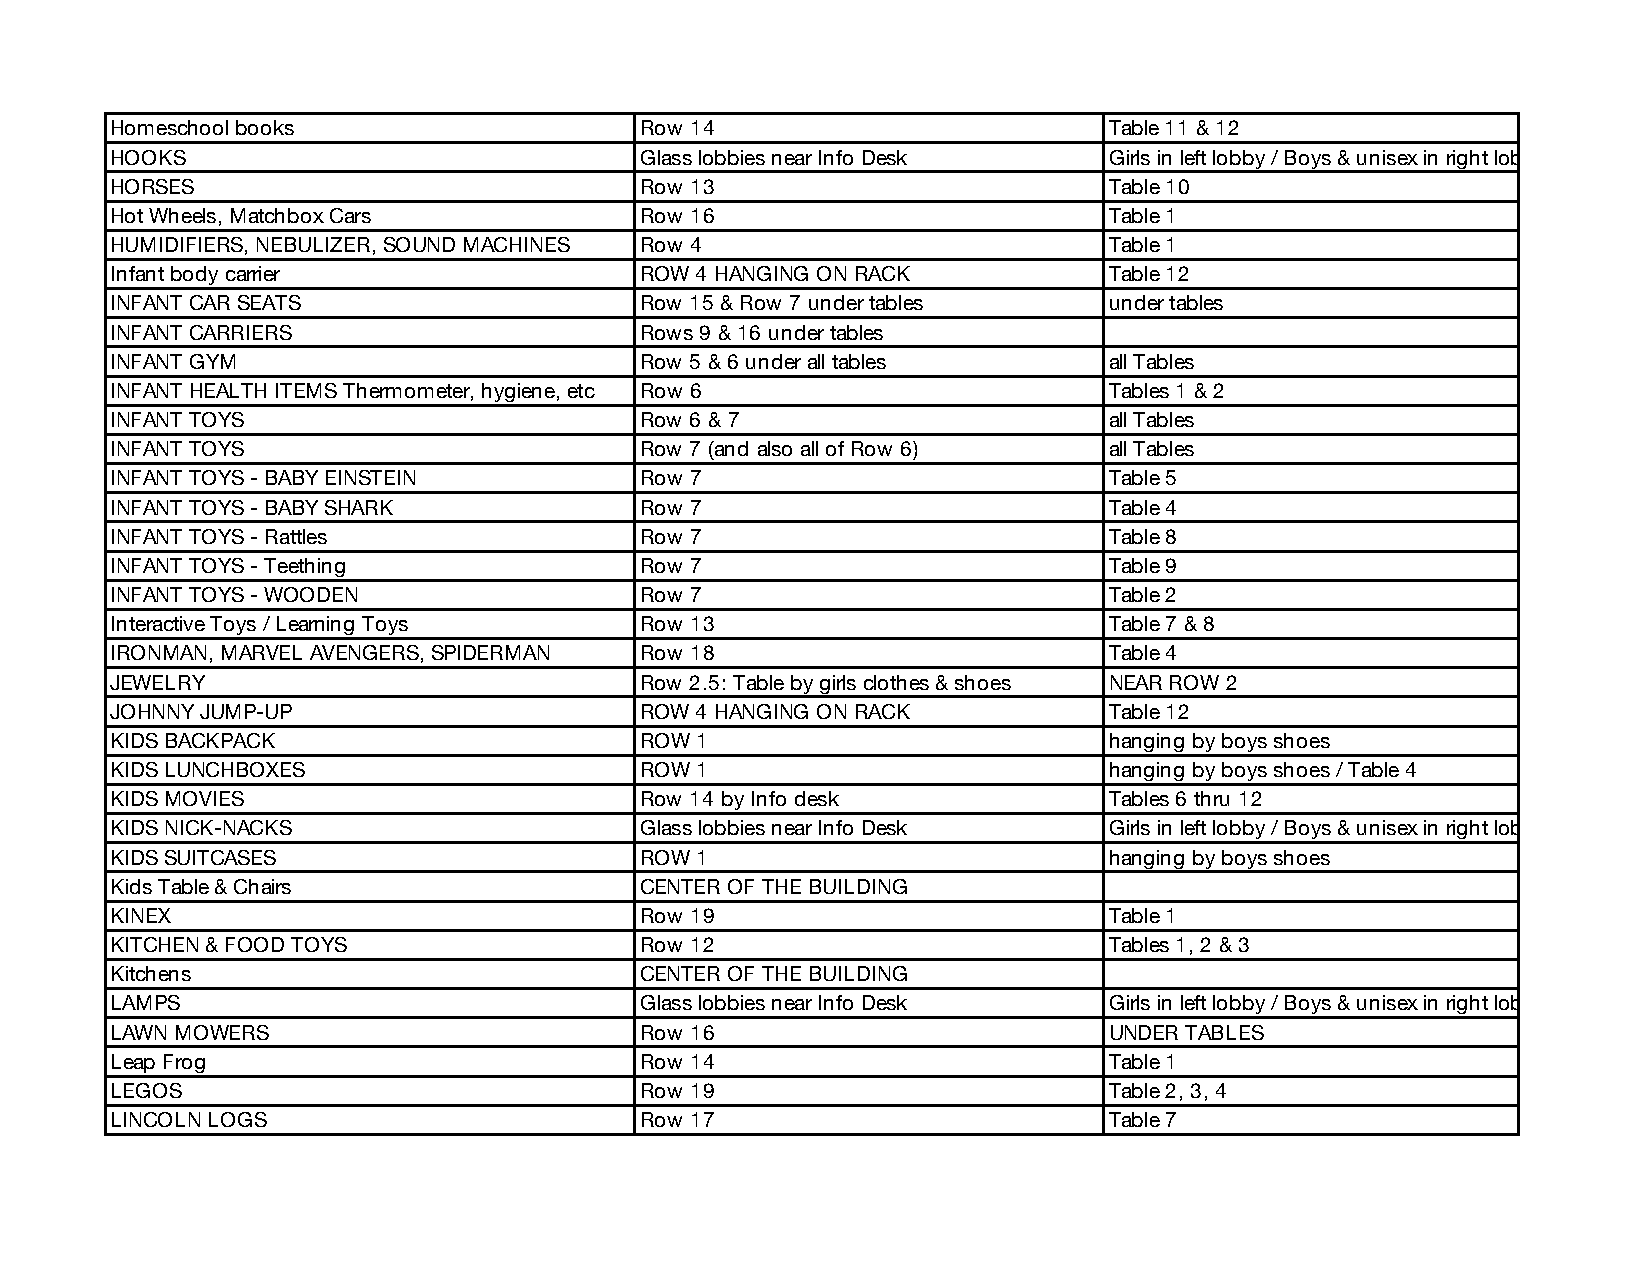
Homeschool books                   Row 14                         Table 11 & 12
 HOOKS                              Glass lobbies near Info Desk   Girls in left lobby / Boys & unisex in right lobby
 HORSES                             Row 13                         Table 10
 Hot Wheels, Matchbox Cars          Row 16                         Table 1
 HUMIDIFIERS, NEBULIZER, SOUND MACHINES Row 4                      Table 1
 Infant body carrier                ROW 4 HANGING ON RACK          Table 12
 INFANT CAR SEATS                   Row 15 & Row 7 under tables    under tables
 INFANT CARRIERS                    Rows 9 & 16 under tables
 INFANT GYM                         Row 5 & 6 under all tables     all Tables
 INFANT HEALTH ITEMS Thermometer, hygiene, etc Row 6               Tables 1 & 2
 INFANT TOYS                        Row 6 & 7                      all Tables
 INFANT TOYS                        Row 7 (and also all of Row 6)  all Tables
 INFANT TOYS - BABY EINSTEIN        Row 7                          Table 5
 INFANT TOYS - BABY SHARK           Row 7                          Table 4
 INFANT TOYS - Rattles              Row 7                          Table 8
 INFANT TOYS - Teething             Row 7                          Table 9
 INFANT TOYS - WOODEN               Row 7                          Table 2
 Interactive Toys / Learning Toys   Row 13                         Table 7 & 8
 IRONMAN, MARVEL AVENGERS, SPIDERMAN Row 18                        Table 4
 JEWELRY                            Row 2.5: Table by girls clothes & shoes NEAR ROW 2
 JOHNNY JUMP-UP                     ROW 4 HANGING ON RACK          Table 12
 KIDS BACKPACK                      ROW 1                          hanging by boys shoes
 KIDS LUNCHBOXES                    ROW 1                          hanging by boys shoes / Table 4
 KIDS MOVIES                        Row 14 by Info desk            Tables 6 thru 12
 KIDS NICK-NACKS                    Glass lobbies near Info Desk   Girls in left lobby / Boys & unisex in right lobby
 KIDS SUITCASES                     ROW 1                          hanging by boys shoes
 Kids Table & Chairs                CENTER OF THE BUILDING
 KINEX                              Row 19                         Table 1
 KITCHEN & FOOD TOYS                Row 12                         Tables 1, 2 & 3
 Kitchens                           CENTER OF THE BUILDING
 LAMPS                              Glass lobbies near Info Desk   Girls in left lobby / Boys & unisex in right lobby
 LAWN MOWERS                        Row 16                         UNDER TABLES
 Leap Frog                          Row 14                         Table 1
 LEGOS                              Row 19                         Table 2, 3, 4
 LINCOLN LOGS                       Row 17                         Table 7